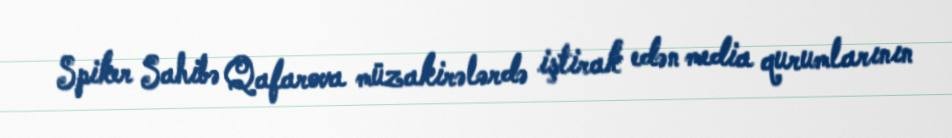
Spiker Sahibə Qafarova müzakirələrdə iştirak edən media qurumlarının